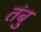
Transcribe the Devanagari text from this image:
तंबु